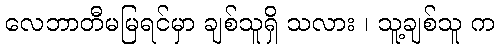
လေဘာတီမမြရင်မှာ ချစ်သူရှိ သလား ၊ သူ့ချစ်သူ က